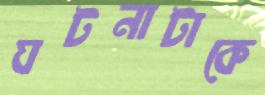
ঘটনাটাকে